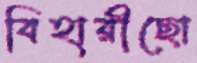
বিহারীছো